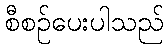
စီစဉ်ပေးပါသည်